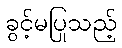
ခွင့်မပြုသည့်